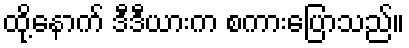
ထို့နောက် ဒီဒီယားက စကားပြောသည်။